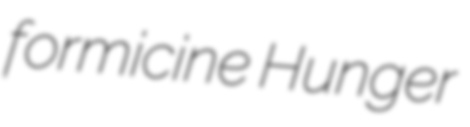
formicine Hunger